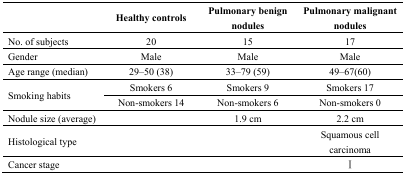
<table><thead><tr><td rowspan="2"></td><td rowspan="2"><b>Healthy controls</b></td><td><b>Pulmonary benign </b></td><td><b>Pulmonary malignant</b></td></tr><tr><td><b>nodules</b></td><td><b> nodules</b></td></tr></thead><tbody><tr><td>No. of subjects</td><td>20</td><td>15</td><td>17</td></tr><tr><td>Gender</td><td>Male</td><td>Male</td><td>Male</td></tr><tr><td>Age range (median)</td><td>29–50 (38)</td><td>33–79 (59)</td><td>49–67(60)</td></tr><tr><td rowspan="2">Smoking habits</td><td>Smokers 6</td><td>Smokers 9</td><td>Smokers 17</td></tr><tr><td>Non-smokers 14</td><td>Non-smokers 6</td><td>Non-smokers 0</td></tr><tr><td>Nodule size (average)</td><td></td><td>1.9 cm</td><td>2.2 cm</td></tr><tr><td>Histological type</td><td></td><td></td><td>Squamous cell carcinoma</td></tr><tr><td>Cancer stage</td><td></td><td></td><td>I</td></tr></tbody></table>